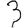
Digit: 3